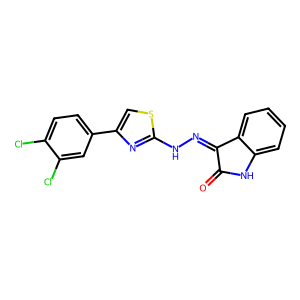
SMILES: O=C1Nc2ccccc2C1=NNc1nc(-c2ccc(Cl)c(Cl)c2)cs1
Inhibits HIV replication: No